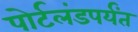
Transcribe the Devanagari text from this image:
पोर्टलंडपर्यंत